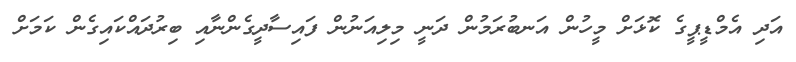
އަދި އެމްޑީޕީގެ ކޮޅަށް މީހުން އަނބުރަމުން ދަނީ މިލިއަނުން ފައިސާދީގެންނާއި ބިރުދައްކައިގެން ކަމަށް